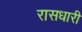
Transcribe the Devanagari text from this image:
रासधारी